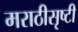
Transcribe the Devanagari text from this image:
मराठीसृष्टी